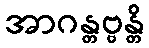
အာဂန္တဗ္ဗန္တိ